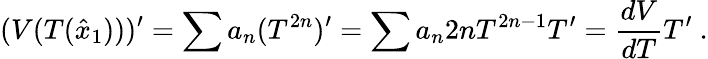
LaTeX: (V(T(\hat{x}_{1})))^{\prime}=\sum a_{n}(T^{2n})^{\prime}=\sum a_{n}2nT^{2n-1}T^{\prime}=\frac{dV}{dT}T^{\prime}\ .